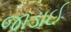
જાડાઈ